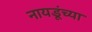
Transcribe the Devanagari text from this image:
नायडूंच्या